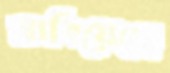
নাবিয়েছে